Vaccination in the Punjab 1867-1880 - 1867-1880
Year: 1867
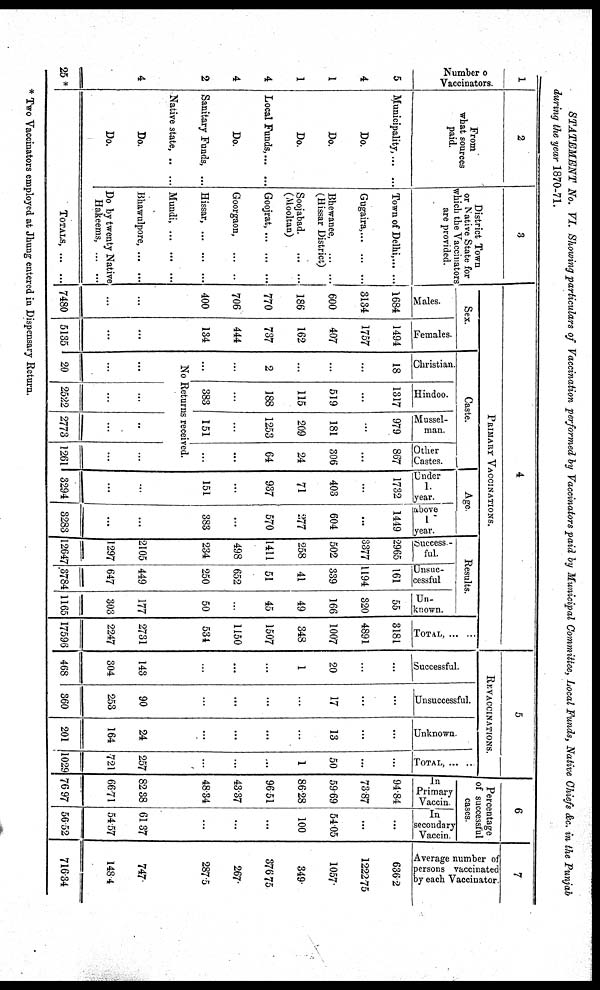
STATEMENT
No. VI. Showing particulars of Vaccination performed by Vaccinators paid by Municipal Committee, Local Funds, Native Chiefs &c. in the Punjab
during the year 1870-71.
1
Number of
Vaccinators.
5
4
1
1
4
4
2
4
25*
2
From
what sources
paid.
Municipality, ... ...
Do.
Do.
Do.
Local Funds,... ...
Do.
Sanitary Funds, ...
Native state, .. ...
Do.
Do.
3
District Town
or Native State for
which the Vaccinators
are provided.
Town of Delhi,... ...
Gugaira,... ... ...
Bhewanee,
... ...
(Hissar District)
Soojabad. ... ...
(Mooltan)
Goojrat,... ... ...
Goorgaon,
... ..
Hissar, ... ... ...
Mundi,
... ... ...
Bhawulpore, ... ...
Do by twenty Native
Hakeems,
... ...
TOTALS, ... ...
4
PRIMARY VACCINATIONS.
Sex.
Males.
1684
3134
600
186
770
706
400
Females.
1494
1757
407
162
737
444
134
Caste.
Christian.
18
...
...
...
2
...
...
Hindoo.
1317
...
519
115
188
...
383
Mussel-
man.
979
...
181
209
1253
...
151
Other
Castes.
867
...
306
24
64
...
...
Age.
Under
1.
year.
1732
...
403
71
937
...
151
above
1
year.
1449
...
604
277
570
...
383
No Returns received.
...
...
7480
...
...
5135
...
...
20
...
...
2522
...
...
2773
...
...
1261
...
...
3294
...
...
3283
Results.
Success -
ful.
2965
3377
502
258
1411
498
234
2105
1297
12647
Unsuc-
cessful
161
1194
339
41
51
652
250
449
647
3784
Un-
known.
55
320
166
49
45
...
50
177
303
1165
TOTAL,... ...
3181
4891
1007
348
1507
1150
534
2731
2247
17596
5
REVACCINATIONS.
Successful.
...
...
20
1
...
...
...
143
304
468
Unsuccessful.
...
...
17
...
...
...
...
90
253
360
Unknown.
...
...
13
...
...
...
...
24
164
201
TOTAL, ... ...
...
...
50
1
...
...
...
257
721
1029
6
Percentage
of successful
cases.
In
Primary
Vaccin.
94.84
73.87
59.69
86.28
96.51
43.37
48.34
82.38
66.71
76.97
In
secondary
Vaccin.
...
...
54.05
100
...
...
...
61.37
54.57
56.52
7
Average number of
persons vaccinated
by each Vaccinator.
636.2
1222.75
1057
349
376.75
267
287.5
747.
148.4
716.34
* Two Vaccinators employed at Jhung entered in Dispensary Return.